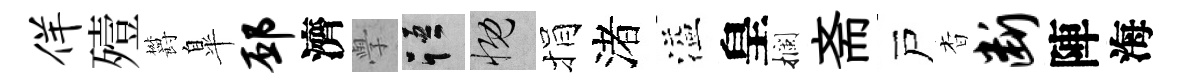
佯殪欝臯邳濟𭓕語慨捐渚溢皇攔斋戸杳断陣海